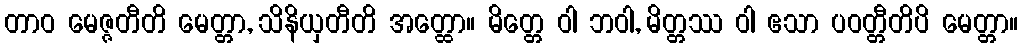
တာဝ မေဇ္ဇတီတိ မေတ္တာ, သိနိယှတီတိ အတ္ထော။ မိတ္တေ ဝါ ဘဝါ, မိတ္တဿ ဝါ ဧသာ ပဝတ္တီတိပိ မေတ္တာ။